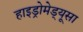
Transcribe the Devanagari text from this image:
हाइड्रोमेड्यूसा